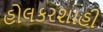
હોલકરશાહી